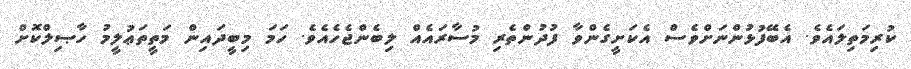
ކުރިމަތިލައެވެ. އެބޭފުޅުންނަށްވެސް އެކަށީގެންވާ ފުދުންތެރި މުސާރައެއް ލިބެންޖެހެއެވެ. ހަމަ މިބީދައިން މަތީތަޢުލީމު ހާޞިލްކޮށް